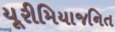
યૂરીમિયાજનિત